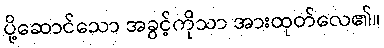
ပို့ဆောင်သော အခွင့်ကိုသာ အားထုတ်လေ၏။